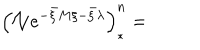
\left( \mathcal { N } e ^ { - \bar { \xi } M \xi - \bar { \xi } \lambda } \right) _ { \ast } ^ { n } =